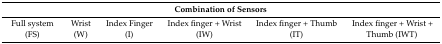
| <COLSPAN=6> Combination of Sensors |
 | --- | --- | --- | --- | --- | --- |
 | Full system (FS) | Wrist (W) | Index Finger (I) | Index finger + Wrist (IW) | Index finger + Thumb (IT) | Index finger + Wrist + Thumb (IWT) |